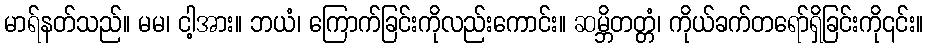
မာရ်နတ်သည်။ မမ၊ ငါ့အား။ ဘယံ၊ ကြောက်ခြင်းကိုလည်းကောင်း။ ဆမ္ဘိတတ္တံ၊ ကိုယ်ခက်တရော်ရှိခြင်းကို၎င်း။